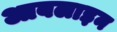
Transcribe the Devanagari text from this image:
आबलाइन